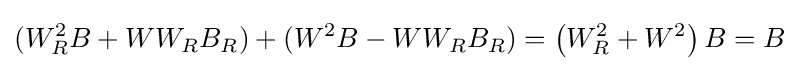
(W_{R}^{2}B+WW_{R}B_{R})+(W^{2}B-WW_{R}B_{R})=\left(W_{R}^{2}+W^{2}\right)B=B